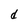
Character: d